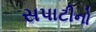
સપાટીનો